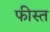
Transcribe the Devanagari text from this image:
फीस्त